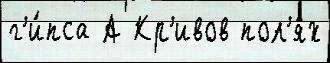
г'и́пса А Кр'ивов пол'я́х